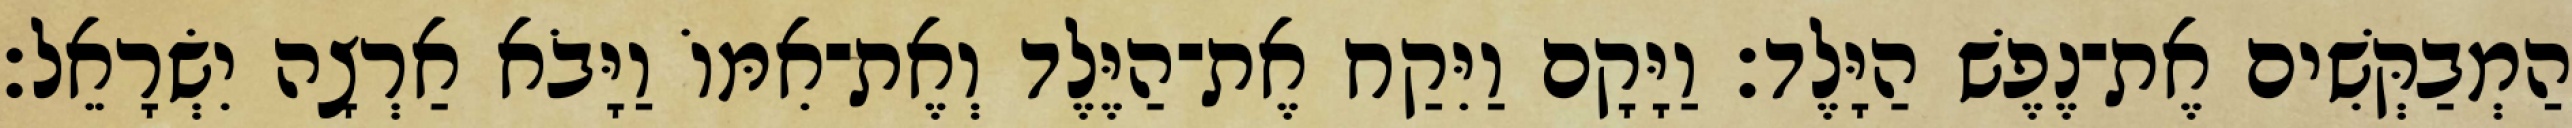
הַמְבַקְּשִׁים אֶת־נֶפֶשׁ הַיָּלֶד׃ וַיָּקָם וַיִּקַח אֶת־הַיֶּלֶד וְאֶת־אִמּוֹ וַיָּבֹא אַרְצָה יִשְׂרָאֵל׃